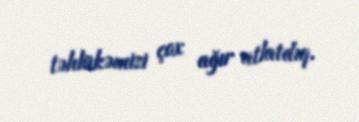
təhlükəmizi çox ağır atlatdıq.